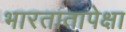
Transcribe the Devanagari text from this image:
भारतातापेक्षा